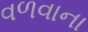
વળવાના